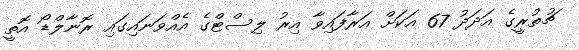
ޗުތުރީގެ އަދަދު 67 އަކަށް އަރާފައިވާ އިރު ލިސްޓްގެ އެއްވަނައިގައި ރޮނާލްޑޯ އޮތީ